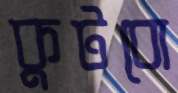
কুটবো